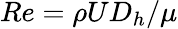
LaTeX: Re=\rho UD_{h}/\mu